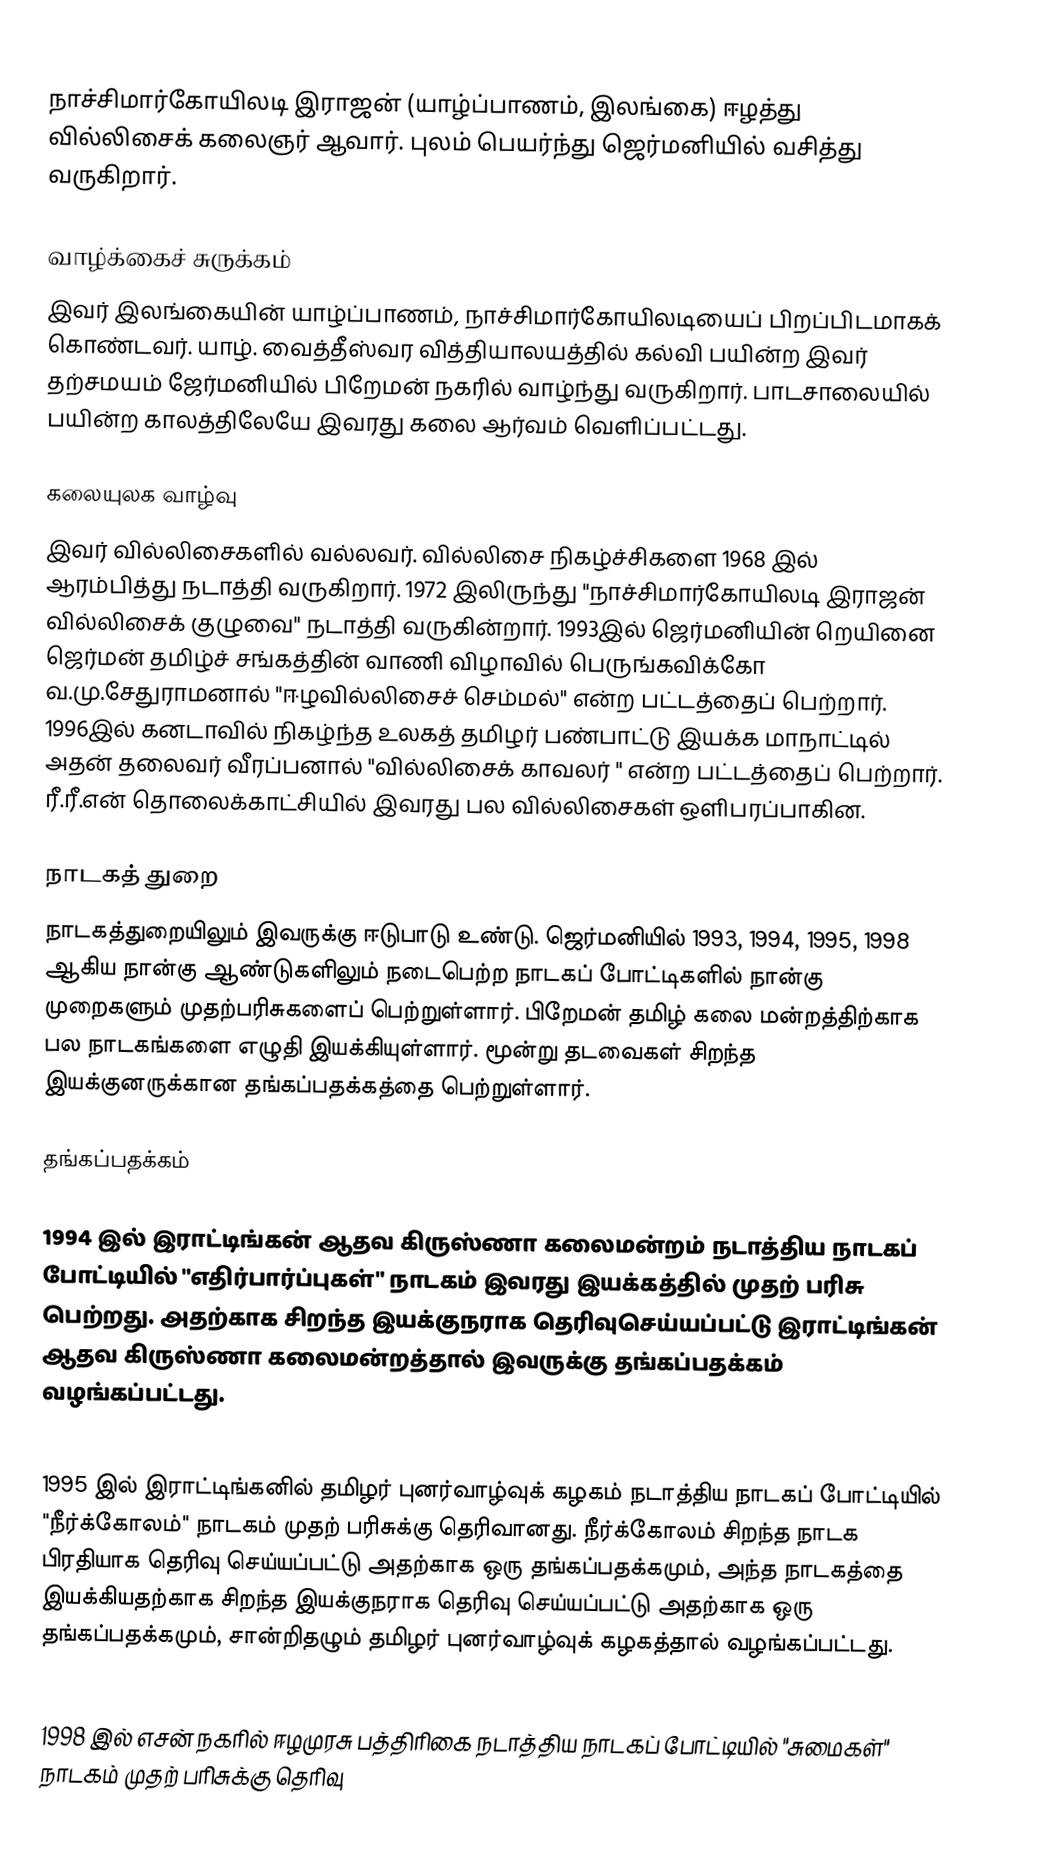
நாச்சிமார்கோயிலடி இராஜன் (யாழ்ப்பாணம், இலங்கை) ஈழத்து வில்லிசைக் கலைஞர் ஆவார். புலம் பெயர்ந்து ஜெர்மனியில் வசித்து வருகிறார்.

வாழ்க்கைச் சுருக்கம்
இவர் இலங்கையின் யாழ்ப்பாணம், நாச்சிமார்கோயிலடியைப் பிறப்பிடமாகக் கொண்டவர். யாழ். வைத்தீஸ்வர வித்தியாலயத்தில் கல்வி பயின்ற இவர் தற்சமயம் ஜேர்மனியில் பிறேமன் நகரில் வாழ்ந்து வருகிறார். பாடசாலையில் பயின்ற காலத்திலேயே இவரது கலை ஆர்வம் வெளிப்பட்டது.

கலையுலக வாழ்வு
இவர் வில்லிசைகளில் வல்லவர். வில்லிசை நிகழ்ச்சிகளை 1968 இல் ஆரம்பித்து நடாத்தி வருகிறார். 1972 இலிருந்து "நாச்சிமார்கோயிலடி இராஜன் வில்லிசைக் குழுவை" நடாத்தி வருகின்றார். 1993இல் ஜெர்மனியின் றெயினை ஜெர்மன் தமிழ்ச் சங்கத்தின் வாணி விழாவில் பெருங்கவிக்கோ வ.மு.சேதுராமனால் "ஈழவில்லிசைச் செம்மல்" என்ற பட்டத்தைப் பெற்றார். 1996இல் கனடாவில் நிகழ்ந்த உலகத் தமிழர் பண்பாட்டு இயக்க மாநாட்டில் அதன் தலைவர் வீரப்பனால் "வில்லிசைக் காவலர் " என்ற பட்டத்தைப் பெற்றார். ரீ.ரீ.என் தொலைக்காட்சியில் இவரது பல வில்லிசைகள் ஒளிபரப்பாகின.

நாடகத் துறை
நாடகத்துறையிலும் இவருக்கு ஈடுபாடு உண்டு. ஜெர்மனியில் 1993, 1994, 1995, 1998 ஆகிய நான்கு ஆண்டுகளிலும் நடைபெற்ற நாடகப் போட்டிகளில் நான்கு முறைகளும் முதற்பரிசுகளைப் பெற்றுள்ளார். பிறேமன் தமிழ் கலை மன்றத்திற்காக பல நாடகங்களை எழுதி இயக்கியுள்ளார். மூன்று தடவைகள் சிறந்த இயக்குனருக்கான தங்கப்பதக்கத்தை பெற்றுள்ளார்.

தங்கப்பதக்கம்

1994 இல் இராட்டிங்கன் ஆதவ கிருஸ்ணா கலைமன்றம் நடாத்திய நாடகப் போட்டியில் "எதிர்பார்ப்புகள்" நாடகம் இவரது இயக்கத்தில் முதற் பரிசு பெற்றது. அதற்காக சிறந்த இயக்குநராக  தெரிவுசெய்யப்பட்டு  இராட்டிங்கன் ஆதவ கிருஸ்ணா கலைமன்றத்தால் இவருக்கு தங்கப்பதக்கம் வழங்கப்பட்டது.

1995 இல் இராட்டிங்கனில் தமிழர் புனர்வாழ்வுக் கழகம் நடாத்திய நாடகப் போட்டியில் "நீர்க்கோலம்" நாடகம் முதற் பரிசுக்கு தெரிவானது. நீர்க்கோலம் சிறந்த நாடக பிரதியாக தெரிவு செய்யப்பட்டு அதற்காக ஒரு தங்கப்பதக்கமும், அந்த நாடகத்தை இயக்கியதற்காக சிறந்த இயக்குநராக தெரிவு செய்யப்பட்டு அதற்காக ஒரு தங்கப்பதக்கமும், சான்றிதழும் தமிழர் புனர்வாழ்வுக் கழகத்தால் வழங்கப்பட்டது.

1998 இல் எசன் நகரில் ஈழமுரசு பத்திரிகை நடாத்திய நாடகப் போட்டியில் "சுமைகள்" நாடகம் முதற் பரிசுக்கு தெரிவு